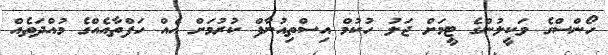
ހޯންސްގެ ވަކީލުންގެ ޓީމަށް ޖަލު ހުކުމް އިސްތިއުނާފް ކުރުމަށް އެއް ހަފްތާއެއްގެ މުއްދަތެއް